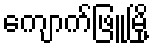
ကျောက်ဖြူမြို့